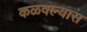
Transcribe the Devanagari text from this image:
कळवल्यास